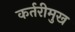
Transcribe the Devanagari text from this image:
कर्तरीमुख